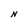
Character: N